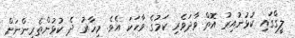
ލީގްގައި ކުޅުނުއިރު އޮތް ވާދަވެރި ކަމުގެ ވާހަކަ އެވެ. މިހާރު ދެ ކުޅުންތެރިންނަށް